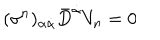
( \sigma ^ { n } ) _ { \alpha \dot { \alpha } } \bar { D } ^ { \dot { \alpha } } V _ { n } = 0